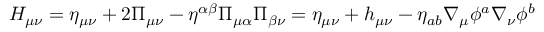
{ \displaystyle H _ { \mu \nu } = \eta _ { \mu \nu } + 2 { \Pi } _ { \mu \nu } - \eta ^ { \alpha \beta } { \Pi } _ { \mu \alpha } { \Pi } _ { \beta \nu } } = \eta _ { \mu \nu } + h _ { \mu \nu } - \eta _ { a b } \nabla _ { \mu } \phi ^ { a } \nabla _ { \nu } \phi ^ { b }